Report of the Municipal Commissioner on the plague in Bombay for the year ending 31st May... - Volume 1
Disease focus: Plague
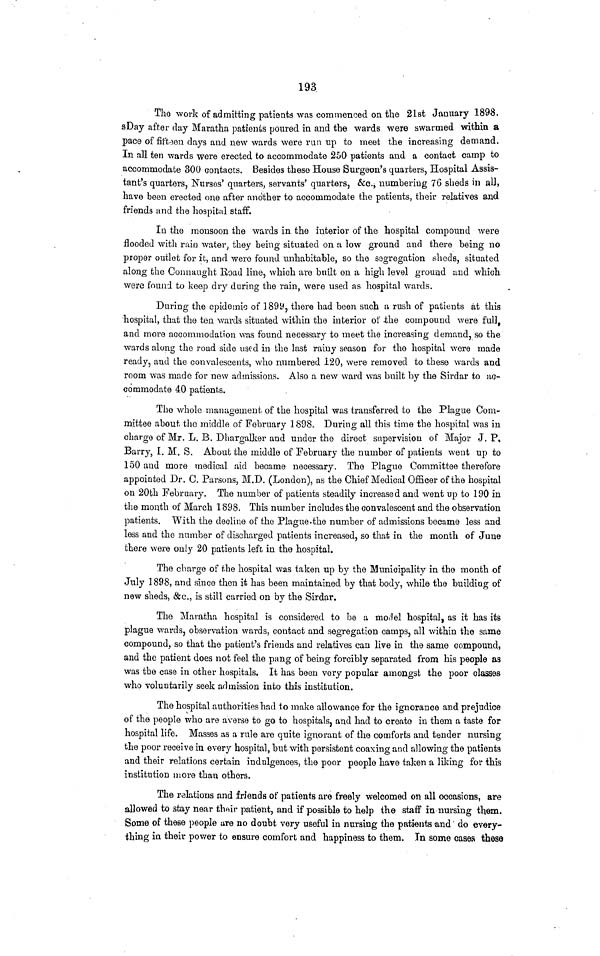
193
The work of admitting patients was commenced on the 21st January 1898.
sDay after clay Maratha patients poured in and the wards were swarmed within a
pace of fifteen days and new wards were run up to meet the increasing demand.
In all ten wards were erected to accommodate 250 patients and a contact camp to
accommodate 300 contacts. Besides these House Surgeon's quarters, Hospital Assis-
tant's quarters, Nurses' quarters, servants' quarters, &c., numbering 76 sheds in all,
have been erected one after another to accommodate the patients, their relatives and
friends and the hospital staff.
In the monsoon the wards in the interior of the hospital compound were
flooded with rain water, they being situated on a low ground and there being no
proper outlet for it, and were found unhabitable, so the segregation sheds, situated
along the Connaught Eoad line, which are built on a high level ground and which
were found to keep dry during the rain, were used as hospital wards.
During the epidemic of 1899, there had been such a rush of patients at this
hospital, that the ten wards situated within the interior of the compound were full,
and more accommodation was found necessary to meet the increasing demand, so the
wards along the road side used in the last rainy season for the hospital were made
ready, and the convalescents, who numbered 120, were removed to these wards and
room was made for new admissions. Also a new ward was built by the Sirdar to ac-
commodate 40 patients.
The whole management of the hospital was transferred to the Plague Com-
mittee about the middle of February 1898. During all this time the hospital was in
charge of Mr. L. B. Dhargalker and under the direct supervision of Major J. P.
Barry, I. M. S. About the middle of February the number of patients went up to
150 and more medical aid became necessary. The Plague Committee therefore
appointed Dr. C. Parsons, M.D. (London), as the Chief Medical Officer of the hospital
on 20fch February. The number of patients steadily increased and went up to 190 in
the month of March 1898. This number includes the convalescent and the observation
patients. With the decline of the Plague.the number of admissions became less and
less and the number of discharged patients increased, so that in the month of June
there were only 20 patients left in the hospital.
The charge of the hospital was taken up by the Municipality in the month of
July 1898, and since then it has been maintained by that body, while the building of
new sheds, &c., is still carried on by the Sirdar.
The Maratha hospital is considered to be a morlel hospital, as it has its
plague wards, observation wards, contact and segregation camps, all within the same
compound, so that the patient's friends and relatives can live in the same compound,
and the patient does not feel the pang of being forcibly separated from his people as
was the case in other hospitals. It has been very popular amongst the poor classes
who voluntarily seek admission into this institution.
The hospital authorities had to make allowance for the ignorance and prejudice
of the people who are averse to go to hospitals, and had to create in them a taste for
hospital life. Masses as a rule are quite ignorant of the comforts and tender nursing
the poor receive in every hospital, but with persistent coaxing and allowing the patients
and their relations certain indulgences, the poor people have taken a liking for this
institution more than others.
The relations and friends of patients are freely welcomed on all occasions, are
allowed to stay near thoir patient, and if possible to help the staff in nursing them.
Some of these people are no doubt very useful in nursing the patients and do every-
thing in their power to ensure comfort and happiness to them. In some cases these